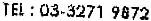
TEL : 03-3271 9872